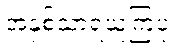
အနှစ်သာရယူကြပုံ